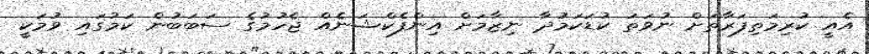
އެއީ ކުރިމަތިފަރާތަށް ނުވަތަ ކުޑަކަމުދާ ނިޒާމަށް އިންފެކްޝަނެއް ޖެހުމުގެ ސަބަބުން ކަމުގައި ވުމަކީ